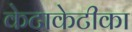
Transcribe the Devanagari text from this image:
केटाकेटीका